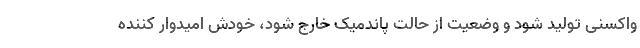
واکسنی تولید شود و وضعیت از حالت پاندمیک خارج شود، خودش امیدوار کننده